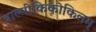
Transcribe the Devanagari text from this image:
वाल्मीकिकोकिलम्‌